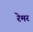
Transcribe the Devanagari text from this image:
रेमर